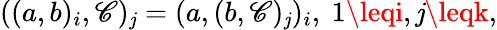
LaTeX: ((a,b)_{i},\mathscr{C})_{\mathit{j}}=(a,(b,\mathscr{C})_{\mathit{j}})_{i},\ 1\leqi,\mathit{j}\leqk,